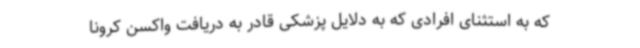
که به استثنای افرادی که به دلایل پزشکی قادر به دریافت واکسن کرونا